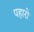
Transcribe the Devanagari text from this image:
पहारो